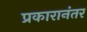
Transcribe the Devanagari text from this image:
प्रकारानंतर